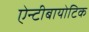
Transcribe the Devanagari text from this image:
ऐन्टीबायोटिक